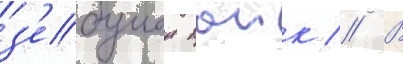
з'ебулон паик // В